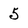
Character: 5